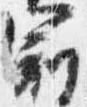
冠